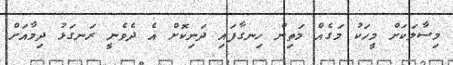
މިސާލަކަށް މީހަކު މަގެއް މަތިން ހިނގާފައި ދަނިކޮށް އެ ދެވެނީ ރަނގަޅު ދިމާއަށް